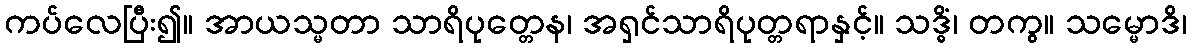
ကပ်လေပြီး၍။ အာယသ္မတာ သာရိပုတ္တေန၊ အရှင်သာရိပုတ္တရာနှင့်။ သဒ္ဓိံ၊ တကွ။ သမ္မောဒိ၊